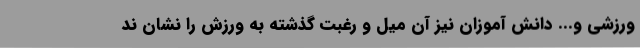
ورزشی و... دانش آموزان نیز آن میل و رغبت گذشته به ورزش را نشان ند